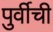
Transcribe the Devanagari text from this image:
पुर्वीची